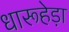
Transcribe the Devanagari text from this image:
धारूहेड़ा